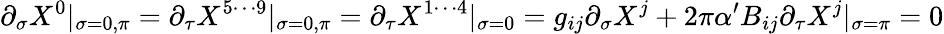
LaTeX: \partial_{\sigma}X^{0}|_{\sigma=0,\pi}=\partial_{\tau}X^{5\cdots 9}|_{\sigma=0,\pi}=\partial_{\tau}X^{1\cdots 4}|_{\sigma=0}=g_{ij}\partial_{\sigma}X^{j}+2\pi\alpha^{\prime}B_{ij}\partial_{\tau}X^{j}|_{\sigma=\pi}=0